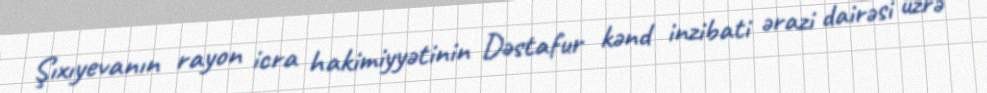
Şıxıyevanın rayon icra hakimiyyətinin Dəstafur kənd inzibati ərazi dairəsi üzrə